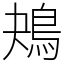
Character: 鴂